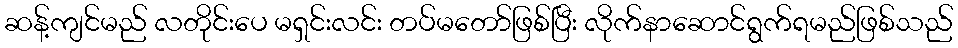
ဆန့်ကျင်မည် လတိုင်းပေ မရှင်းလင်း တပ်မတော်ဖြစ်ပြီး လိုက်နာဆောင်ရွက်ရမည်ဖြစ်သည်